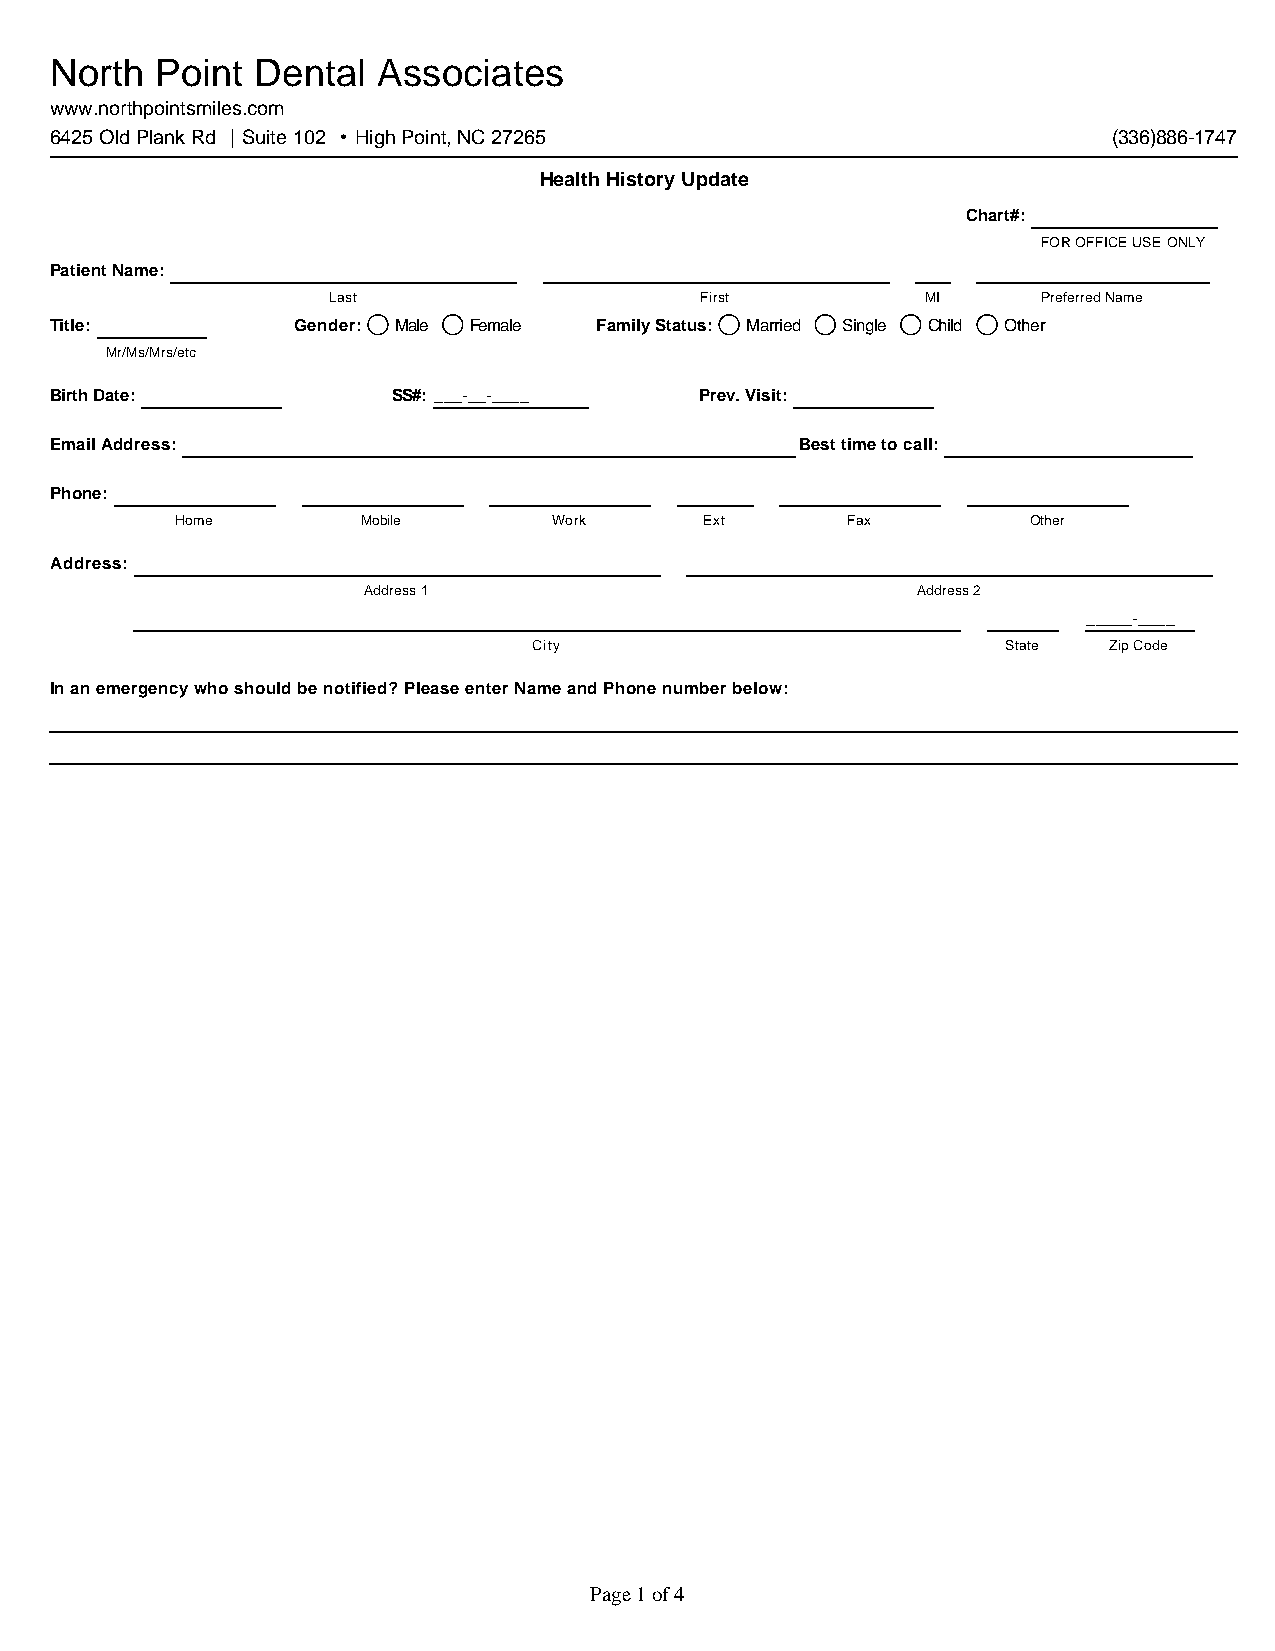
North  Point  Dental  Associates
 www.northpointsmiles.com
 6425 Old Plank Rd | Suite 102 • High Point, NC 27265                   (336)886-1747
 Health History Update
 Chart#:
 FOR OFFICE USE ONLY
 Patient Name:
 Last                    First          MI      Preferred Name
 Title:          Gender: Male Female Family Status: Married Single Child Other
 Mr/Ms/Mrs/etc
 Birth Date:            SS#: ___-__-____    Prev. Visit:
 Email Address:                                    Best time to call:
 Phone:
 Home        Mobile       Work      Ext      Fax         Other
 Address:
 Address 1                            Address 2
 _____-____
 City                            State Zip Code
 In an emergency who should be notified? Please enter Name and Phone number below:
 Page 1 of 4